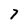
Character: 7